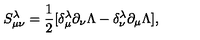
S _ { \mu \nu } ^ { \lambda } = \frac { 1 } { 2 } [ \delta _ { \mu } ^ { \lambda } \partial _ { \nu } \Lambda - \delta _ { \nu } ^ { \lambda } \partial _ { \mu } \Lambda ] ,